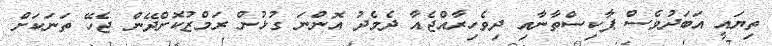
ތިޔައީ އަބަދުވެސް ޕާކިސްތާނާއި ދިވެހިރާއްޖެއާ ދެމެދު އޮންނަ ގުޅުން ރަމްޒުކޮށްދޭން ޖެހޭ ތަނަކަށް